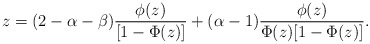
\begin{align*}z=(2-\alpha-\beta)\frac{\phi(z)}{[1-\Phi(z)]}+(\alpha-1)\frac{\phi(z)}{\Phi(z)[1-\Phi(z)]}.\end{align*}